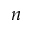
\boldsymbol { n }